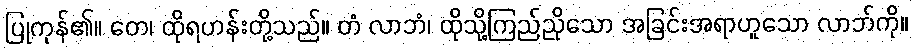
ပြုကုန်၏။ တေ၊ ထိုရဟန်းတို့သည်။ တံ လာဘံ၊ ထိုသို့ကြည်ညိုသော အခြင်းအရာဟူသော လာဘ်ကို။